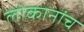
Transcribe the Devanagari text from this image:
लोकानांच